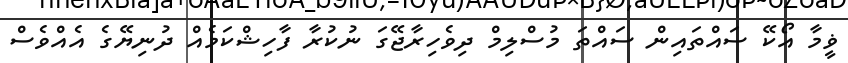
ޥީމާ އޯކޭ ސައްތައިން ސައްތަ މުސްލިމް ދިވެހިރާޖޭގަ ނުކުރާ ފާހިޝްކަމެއް ދުނިޔޭގެ އެއްވެސް